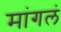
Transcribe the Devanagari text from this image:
मांगलं